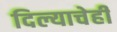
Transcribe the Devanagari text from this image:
दिल्याचेही